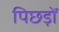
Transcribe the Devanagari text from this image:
पिछड़ोँ